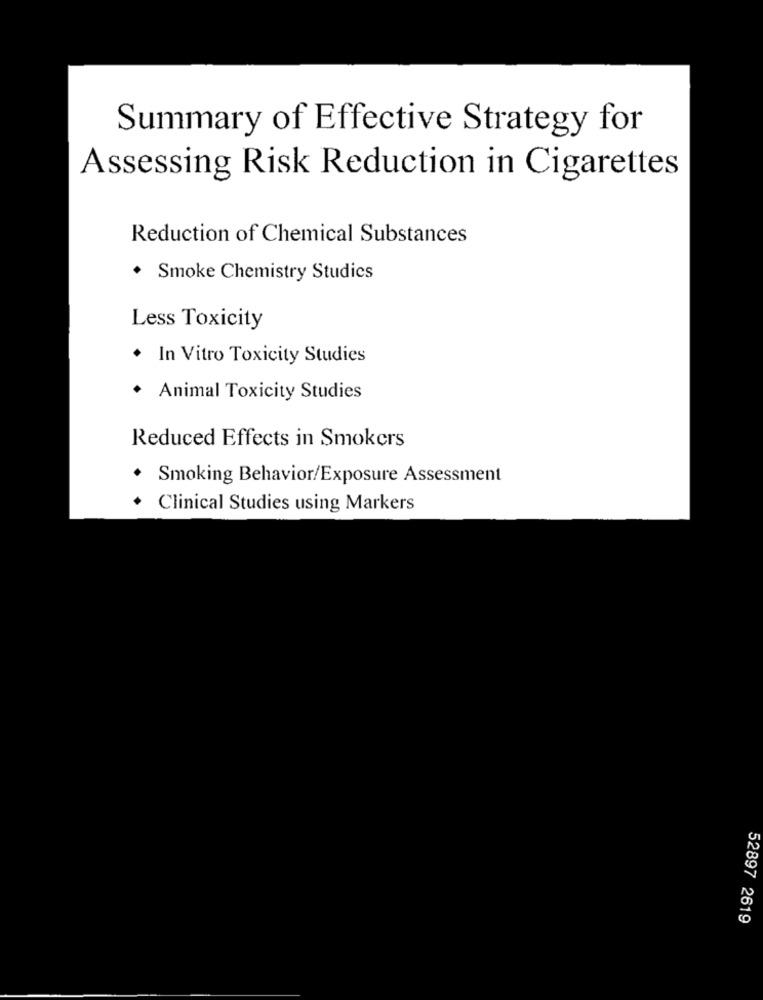
Summary of Effective Strategy for
Assessing Risk Reduction in Cigarettes
Reduction of Chemical Substances
. Smoke Chemistry Studies
Less Toxicity
. In Vitro Toxicity Studies
Animal Toxicity Studies
Reduced Effects in Smokers
. Smoking Behavior/Exposure Assessment
+ Clinical Studies using Markers
52897 2619